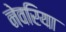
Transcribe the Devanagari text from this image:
नेवरिया